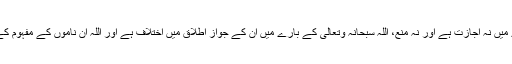
جن ناموں کے بارے میں نہ اجازت ہے اور نہ منع، اللہ سبحانہٗ وتعالیٰ کے بارے میں ان کے جوازِ اطلاق میں اختلاف ہے اور اللہ ان ناموں کے مفہوم کے ساتھ موصوف ہے۔